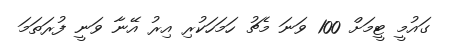
ގައުމީ ޓީމަށް 100 ވަނަ މެޗު ހަމަހަކުރި އިރު އޭނާ ވަނީ ފުރަތަމަ